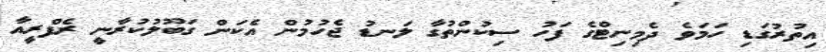
އިތުރުގަޑި ހަމަވެ ދެމިނިޓްގެ ފަހު ސިކުންތުގާ ލަނޑު ޖެހުމުން އެކަން ގަބޫލުކުރާނީ ރެފްރީއާ